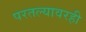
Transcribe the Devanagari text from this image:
परतल्यावरही